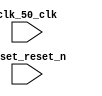

module unsaved (
	clk_50_clk,
	reset_reset_n);	

	input		clk_50_clk;
	input		reset_reset_n;
endmodule